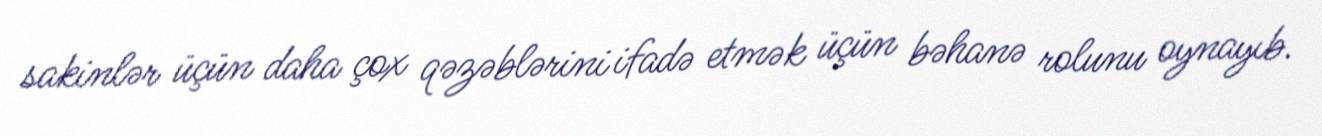
sakinlər üçün daha çox qəzəblərini ifadə etmək üçün bəhanə rolunu oynayıb.